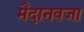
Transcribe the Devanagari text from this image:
मैदानवजा